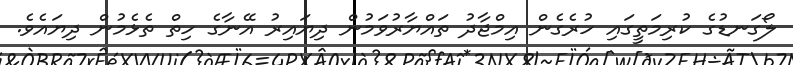
ލޯގަނޑުގެ ކުރިމަތީގައި ހުރެގެން އިމްޖާދު ތައްޔާރުވަމުން ދިޔައިރު އޭނާގެ ހިތް ތެޅެމުން ދިޔައެވެ.